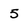
Character: 5